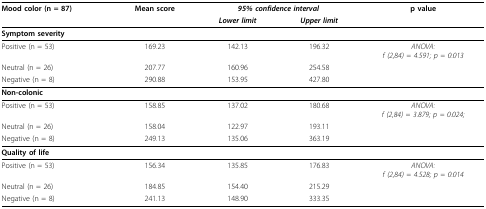
<table><thead><tr><td><b>Mood color (n = 87)</b></td><td><b>Mean score</b></td><td colspan="2"><b><i>95% confidence interval</i></b></td><td><b>p value</b></td></tr><tr><td></td><td></td><td><b><i>Lower limit</i></b></td><td><b><i>Upper limit</i></b></td><td></td></tr></thead><tbody><tr><td><b>Symptom severity</b></td><td></td><td></td><td></td><td></td></tr><tr><td>Positive (n = 53)</td><td>169.23</td><td>142.13</td><td>196.32</td><td><i>ANOVA:</i><i>f (2,84) = 4.591; p = 0.013</i></td></tr><tr><td>Neutral (n = 26)</td><td>207.77</td><td>160.96</td><td>254.58</td><td></td></tr><tr><td>Negative (n = 8)</td><td>290.88</td><td>153.95</td><td>427.80</td><td></td></tr><tr><td><b>Non-colonic</b></td><td></td><td></td><td></td><td></td></tr><tr><td>Positive (n = 53)</td><td>158.85</td><td>137.02</td><td>180.68</td><td><i>ANOVA:</i><i>f (2,84) = 3.879; p = 0.024;</i></td></tr><tr><td>Neutral (n = 26)</td><td>158.04</td><td>122.97</td><td>193.11</td><td></td></tr><tr><td>Negative (n = 8)</td><td>249.13</td><td>135.06</td><td>363.19</td><td></td></tr><tr><td><b>Quality of life</b></td><td></td><td></td><td></td><td></td></tr><tr><td>Positive (n = 53)</td><td>156.34</td><td>135.85</td><td>176.83</td><td><i>ANOVA:</i><i>f (2,84) = 4.528; p = 0.014</i></td></tr><tr><td>Neutral (n = 26)</td><td>184.85</td><td>154.40</td><td>215.29</td><td></td></tr><tr><td>Negative (n = 8)</td><td>241.13</td><td>148.90</td><td>333.35</td><td></td></tr></tbody></table>